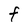
Character: F